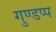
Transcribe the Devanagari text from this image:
गुण्डप्प